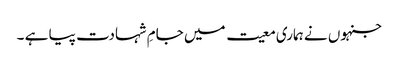
جنہوں نے ہماری معیت میں جامِ شہادت پیا ہے ۔